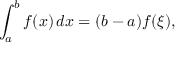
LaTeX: \int _ { a } ^ { b } f ( x ) \, d x = ( b - a ) f ( \xi ) ,